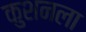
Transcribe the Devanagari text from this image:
कुशनला